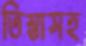
তিস্তাসহ